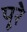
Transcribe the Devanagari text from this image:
पूरे